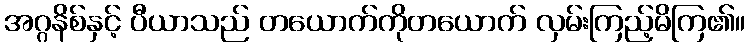
အဂ္ဂနိစ်နှင့် ပီယာသည် တယောက်ကိုတယောက် လှမ်းကြည့်မိကြ၏။